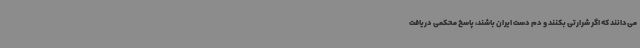
می‌دانند که اگر شرارتی بکنند و دم دست ایران باشند، پاسخ محکمی دریافت